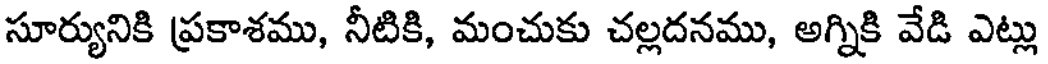
సూర్యునికి ప్రకాశము, నీటికి, మంచుకు చల్లదనము, అగ్నికి వేడి ఎట్లు